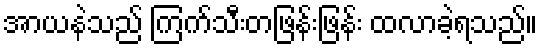
အာယနဲသည် ကြက်သီးတဖြန်းဖြန်း ထလာခဲ့ရသည်။